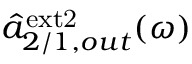
\hat { a } _ { 2 / 1 , o u t } ^ { \mathrm { e x t 2 } } ( \omega )